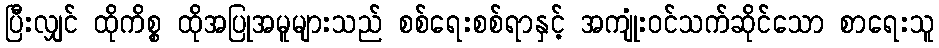
ပြီးလျှင် ထိုကိစ္စ ထိုအပြုအမူများသည် စစ်ရေးစစ်ရာနှင့် အကျုံးဝင်သက်ဆိုင်သော စာရေးသူ